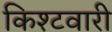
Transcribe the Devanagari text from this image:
किश्टवारी